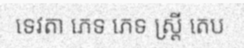
ទេវតា ភេទ ភេទ ស្ត្រី តេប